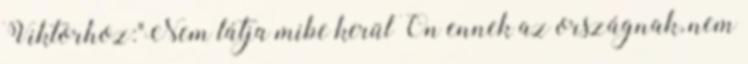
Viktorhoz:"Nem látja mibe kerül Ön ennek az országnak, nem